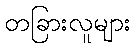
တခြားလူများ